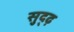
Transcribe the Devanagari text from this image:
सुद्ढ़